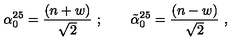
\alpha _ { 0 } ^ { 2 5 } = { \frac { ( n + w ) } { \sqrt { 2 } } } \ ; \qquad { \tilde { \alpha } } _ { 0 } ^ { 2 5 } = { \frac { ( n - w ) } { \sqrt { 2 } } } \ ,